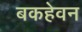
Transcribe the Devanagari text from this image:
बकहेवन